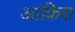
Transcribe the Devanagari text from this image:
आकिरा